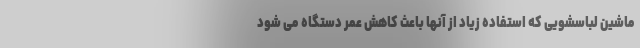
ماشین لباسشویی که استفاده زیاد از آنها باعث کاهش عمر دستگاه می شود